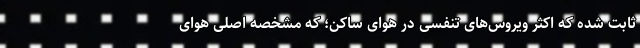
ثابت شده که اکثر ویروس‌های تنفسی در هوای ساکن؛ که مشخصه اصلی هوای